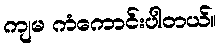
ကျမ ကံကောင်းပါတယ်။